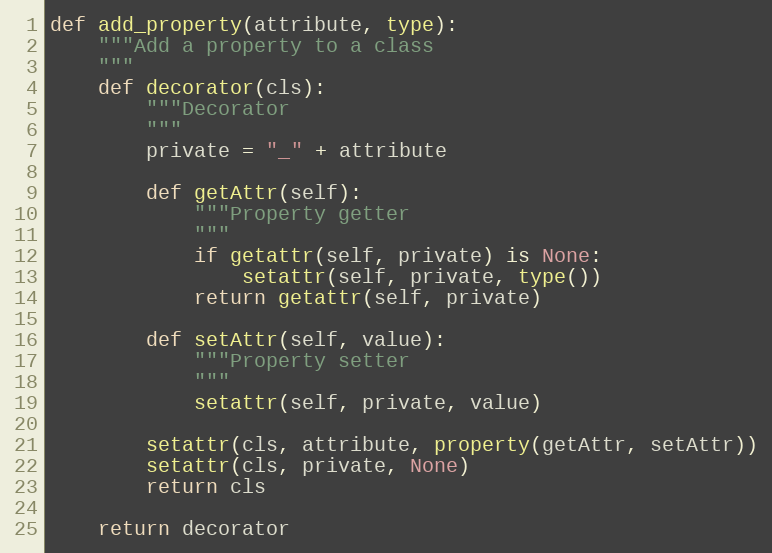
Language: Python
def add_property(attribute, type):
    """Add a property to a class
    """
    def decorator(cls):
        """Decorator
        """
        private = "_" + attribute

        def getAttr(self):
            """Property getter
            """
            if getattr(self, private) is None:
                setattr(self, private, type())
            return getattr(self, private)

        def setAttr(self, value):
            """Property setter
            """
            setattr(self, private, value)

        setattr(cls, attribute, property(getAttr, setAttr))
        setattr(cls, private, None)
        return cls

    return decorator